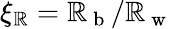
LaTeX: \xi_{\mathbb{R}}=\mathbb{R}_{\mathrm{{~b~}}}/\mathbb{R}_{\mathrm{{~w~}}}